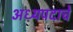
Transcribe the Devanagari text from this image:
अध्यपदाचे